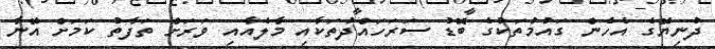
ދުނިޔޭގެ އެހެން ގައުމުތަކުގެ ބޮޑު ސަރަހައްދުތަކާއި މާލެއާއި ވަރަށް ތަފާތު ކަމަށް އޭނާ